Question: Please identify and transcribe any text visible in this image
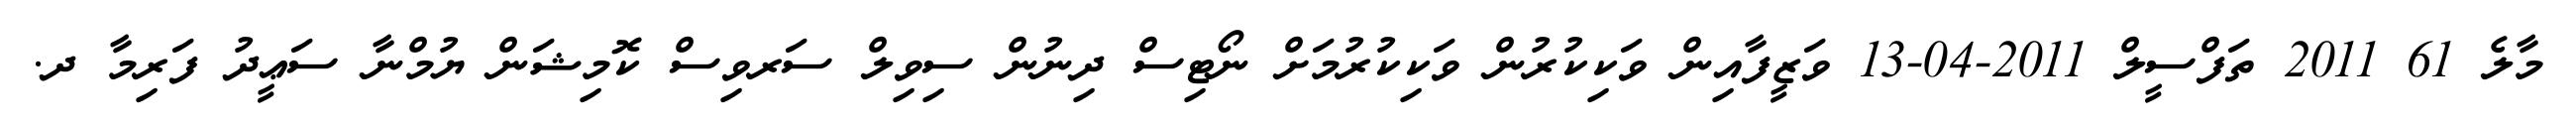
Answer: މާލެ 61 2011 ތަފްސީލް 2011-04-13 ވަޒީފާއިން ވަކިކުރުން ވަކިކުރުމަށް ނޯޓިސް ދިނުން ސިވިލް ސަރވިސް ކޮމިޝަން ޔުމްނާ ސަޢީދު ފަރިމާ ދ.